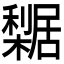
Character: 𣞴